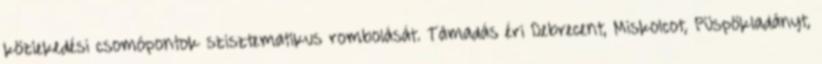
közlekedési csomópontok szisztematikus rombolását. Támadás éri Debrecent, Miskolcot, Püspökladányt,